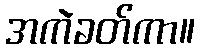
အကဲခတ်ကာ။